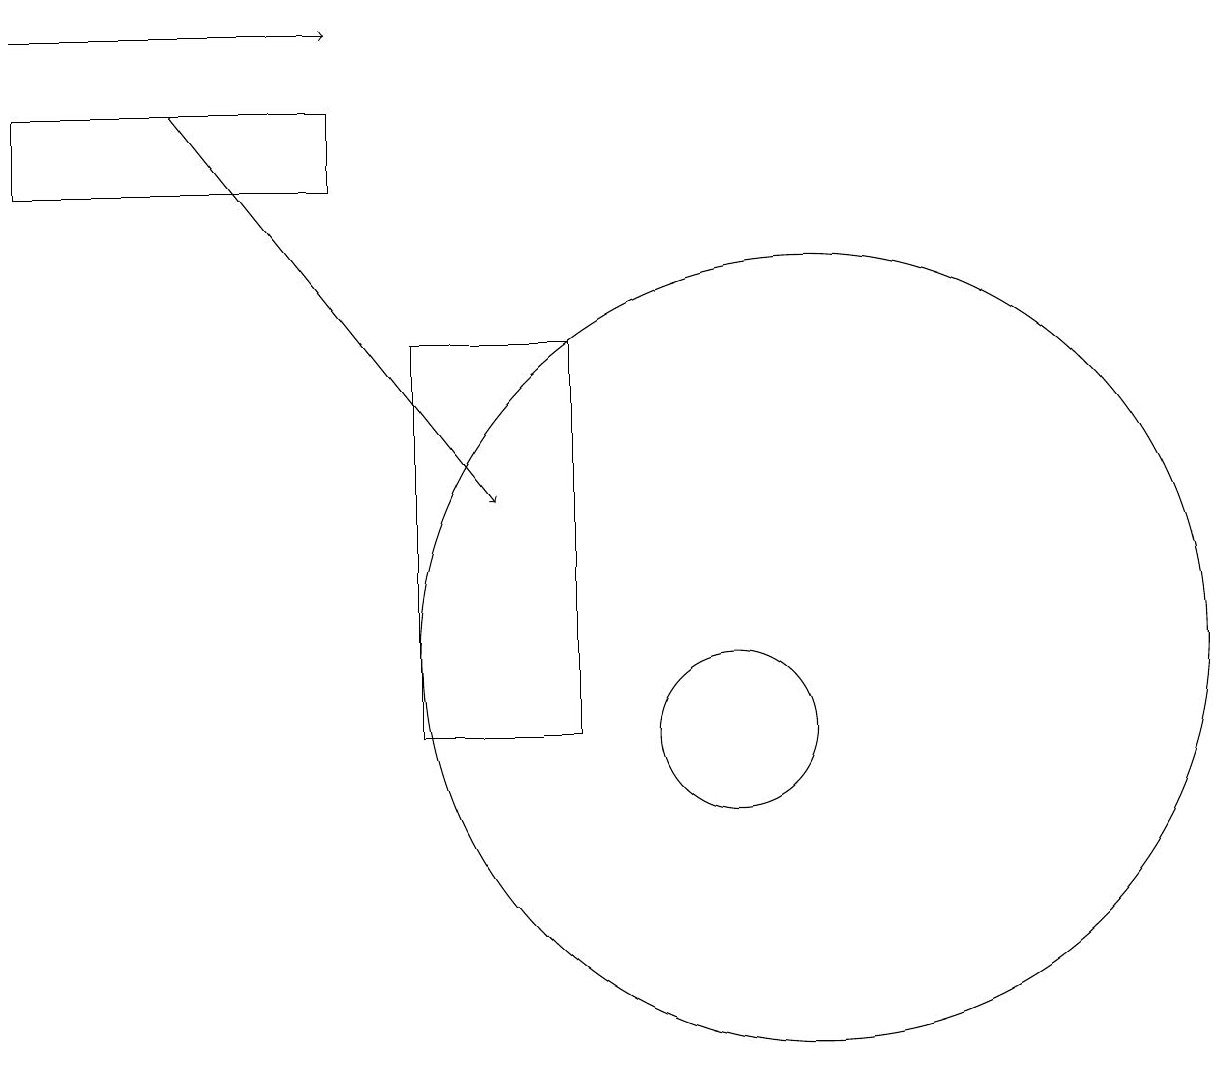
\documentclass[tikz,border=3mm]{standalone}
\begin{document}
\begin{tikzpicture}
\draw[->] (3,18) -- (7,13);
\draw (1,17) rectangle (5,18);
\draw (8,15) rectangle (6,10);
\draw[->] (1,19) -- (5,19);
\draw (10,10) circle (1);
\draw (11,11) circle (5);
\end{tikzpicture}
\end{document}